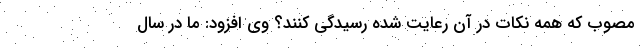
مصوب که همه نکات در آن رعایت شده رسیدگی کنند؟ وی افزود: ما در سال